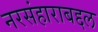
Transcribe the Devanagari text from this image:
नरसंहाराबद्दल